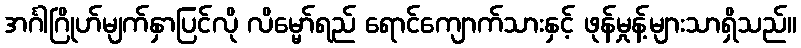
အင်္ဂါဂြိုဟ်မျက်နှာပြင်လို လိမ္မော်ရည် ရောင်ကျောက်သားနှင့် ဖုန်မှုန့်များသာရှိသည်။